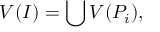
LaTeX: V ( I ) = \bigcup V ( P _ { i } ) ,